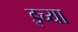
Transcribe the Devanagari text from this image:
इच्या